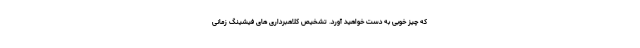
که چیز خوبی به دست خواهید آورد. تشخیص کلاهبرداری های فیشینگ زمانی